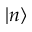
| n \rangle